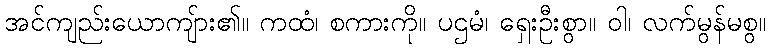
အင်ကျည်းယောကျ်ား၏။ ကထံ၊ စကားကို။ ပဌမံ၊ ရှေးဦးစွာ။ ဝါ၊ လက်မွန်မစွ။